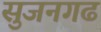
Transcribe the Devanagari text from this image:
सुजनगढ